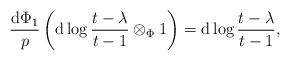
LaTeX: \begin{align*}\frac{\mathrm{d} \Phi_1}{p}\left(\mathrm{d}\log \frac{t-\lambda}{t-1} \otimes_{\Phi} 1\right) = \mathrm{d}\log \frac{t-\lambda}{t-1},\end{align*}